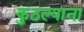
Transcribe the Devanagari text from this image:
कुठल्याना